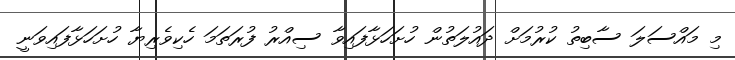
މި މައްސަލަ ސާބިތު ކުރުމަށް ދައުލަތުން ހުށަހަޅާފައިވާ ސިއްރު ފުރަތަމަ ހެކިވެރިޔާ ހުށަހަޅާފައިވަނީ